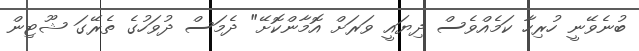
ބުނެވޭނީ ހުރިހާ ކަމެއްވެސް ދިޔައީ ވަރަށް އޮމާންކޮށޭ" ދެމަސް ދުވަހުގެ ތެރޭގަ ޝޫޓިން